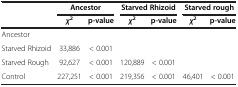
<table><thead><tr><td rowspan="2"><b> </b></td><td colspan="2"><b>Ancestor</b></td><td colspan="2"><b>Starved Rhizoid</b></td><td colspan="2"><b>Starved rough</b></td></tr><tr><td><b><i>χ</i><sup>2</sup></b></td><td><b>p-value</b></td><td><b><i>χ</i><sup>2</sup></b></td><td><b>p-value</b></td><td><b><i>χ</i><sup>2</sup></b></td><td><b>p-value</b></td></tr></thead><tbody><tr><td>Ancestor</td><td> </td><td> </td><td> </td><td> </td><td> </td><td> </td></tr><tr><td>Starved Rhizoid</td><td>33,886</td><td>&lt; 0.001</td><td> </td><td> </td><td> </td><td> </td></tr><tr><td>Starved Rough</td><td>92,627</td><td>&lt; 0.001</td><td>120,889</td><td>&lt; 0.001</td><td> </td><td> </td></tr><tr><td>Control</td><td>227,251</td><td>&lt; 0.001</td><td>219,356</td><td>&lt; 0.001</td><td>46,401</td><td>&lt; 0.001</td></tr></tbody></table>